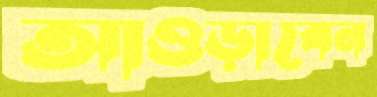
আওড়াবেন